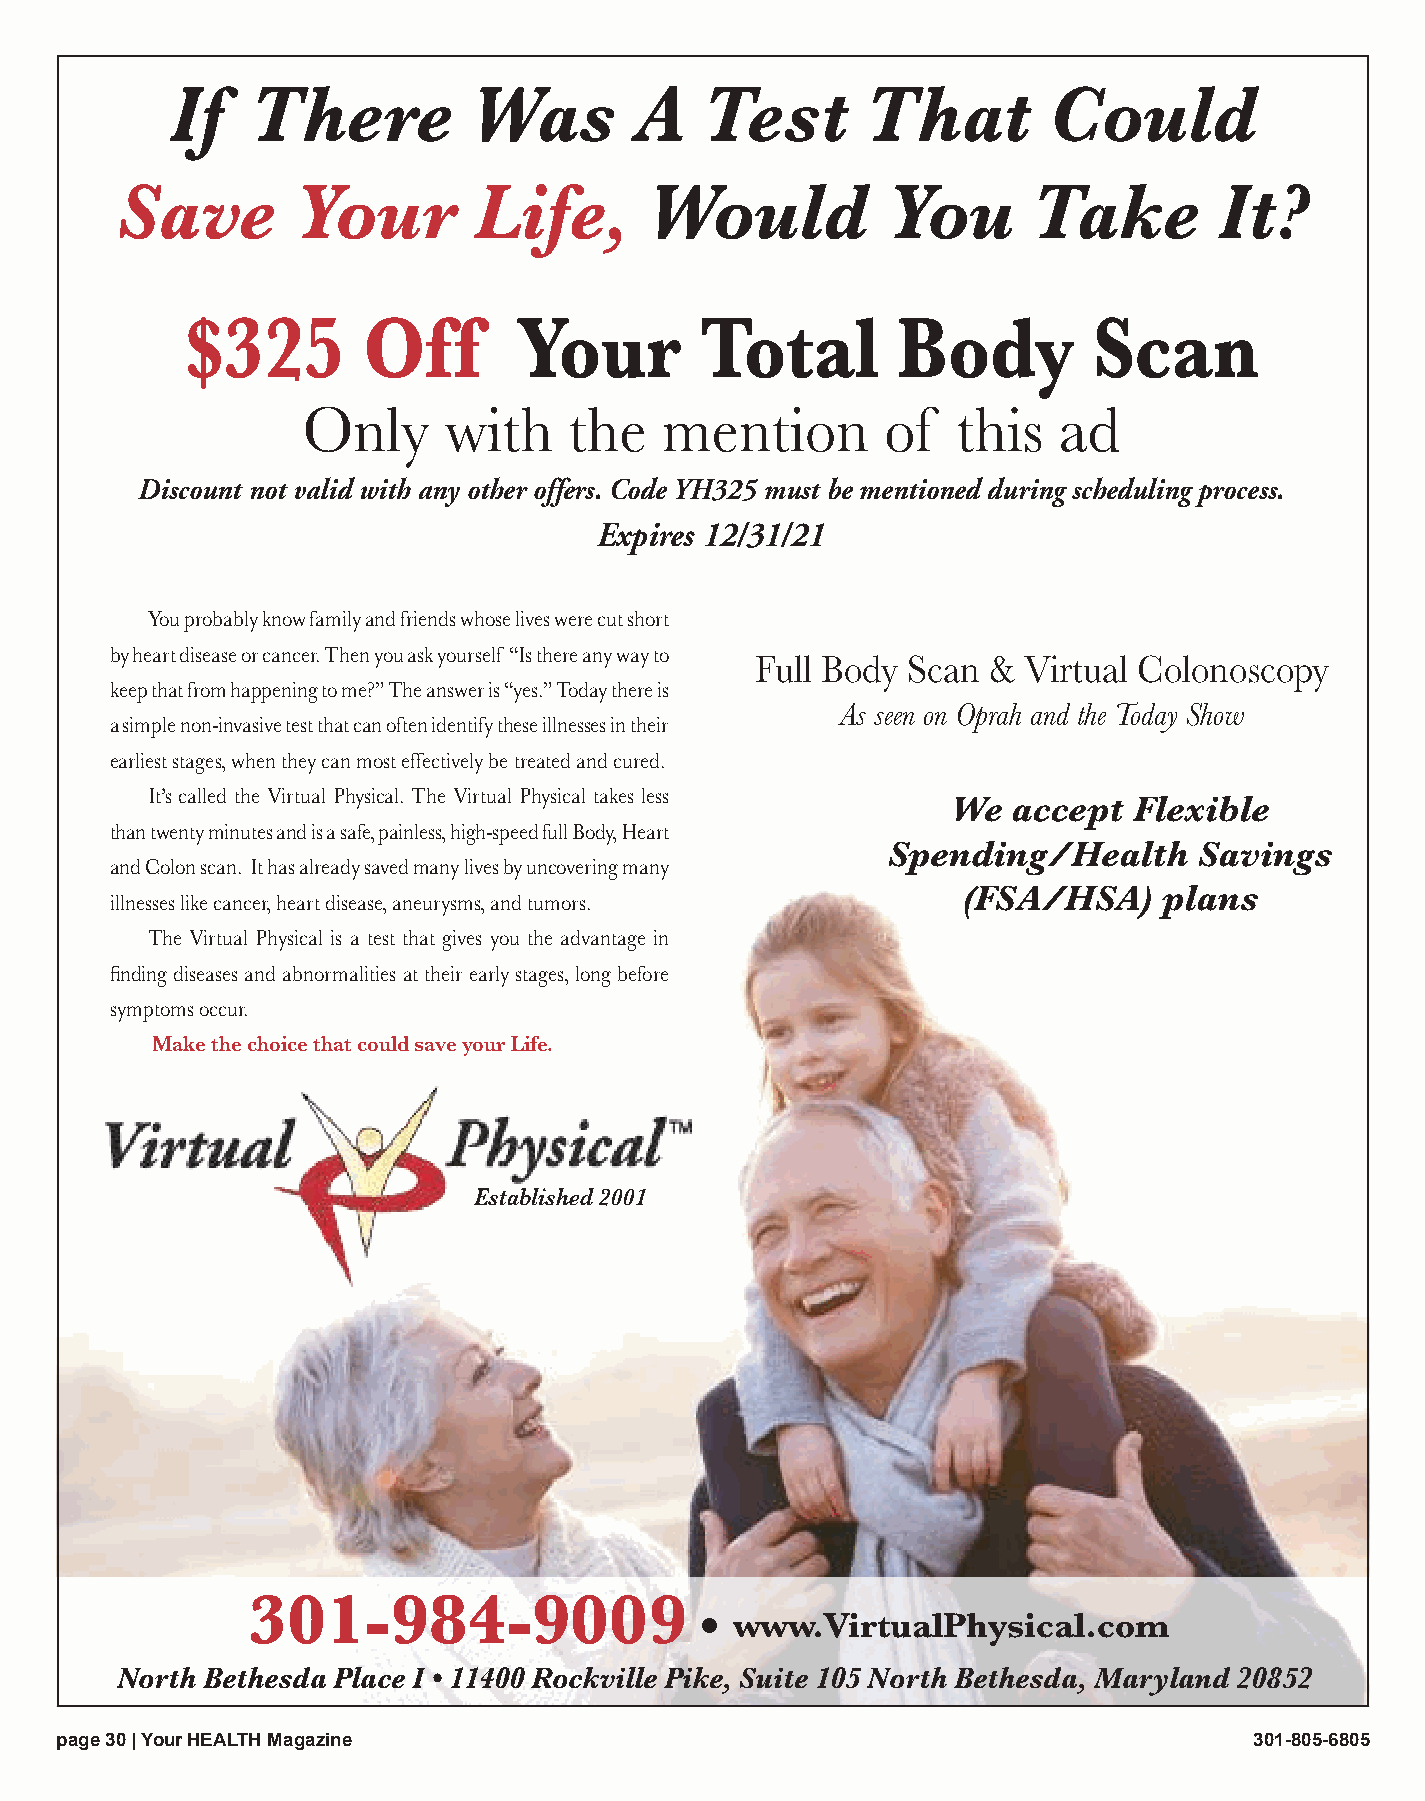
If    There         Was        A    Test      That        Could
 Save       Your        Life,       Would           You      Take         It?
 $325        Off       Your        Total        Body         Scan
 Only     with     the   mention        of  this   ad
 Discount not valid with any other offers. Code YH325 must be mentioned during scheduling process.
 Expires 12/31/21
 You probably know family and friends whose lives were cut short
 by heart disease or cancer. Then you ask yourself “Is there any way to
 Full Body Scan &  Virtual Colonoscopy
 keep that from happening to me?” The answer is “yes.” Today there is
 As seen on Oprah and the Today Show
 a simple non-invasive test that can often identify these illnesses in their
 earliest stages, when they can most effectively be treated and cured.
 It’s called the Virtual Physical. The Virtual Physical takes less
 We  accept  Flexible
 than twenty minutes and is a safe, painless, high-speed full Body, Heart
 Spending/Health     Savings
 and Colon scan. It has already saved many lives by uncovering many
 (FSA/HSA)    plans
 illnesses like cancer, heart disease, aneurysms, and tumors.
 The Virtual Physical is a test that gives you the advantage in
 finding diseases and abnormalities at their early stages, long before
 symptoms occur.
 Make the choice that could save your Life.
 Established 2001
 301-984-9009
 •
 www.VirtualPhysical.com
 North Bethesda Place I • 11400 Rockville Pike, Suite 105 North Bethesda, Maryland 20852
 ppaaggee 3300 || YYoouurr HHEEAALLTTHH MMaaggaazziinnee                        330011--880055--66880055